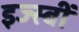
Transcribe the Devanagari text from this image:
इज्स्बीं